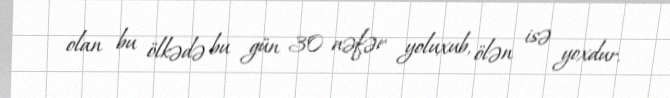
olan bu ölkədə bu gün 30 nəfər yoluxub, ölən isə yoxdur.